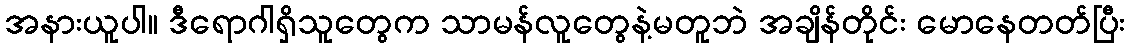
အနားယူပါ။ ဒီရောဂါရှိသူတွေက သာမန်လူတွေနဲ့မတူဘဲ အချိန်တိုင်း မောနေတတ်ပြီး